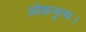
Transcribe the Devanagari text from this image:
लोकनृत्य।